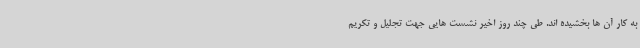
به کار آن ها بخشیده اند. طی چند روز اخیر نشست هایی جهت تجلیل و تکریم